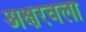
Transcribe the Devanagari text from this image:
अक्षरवला